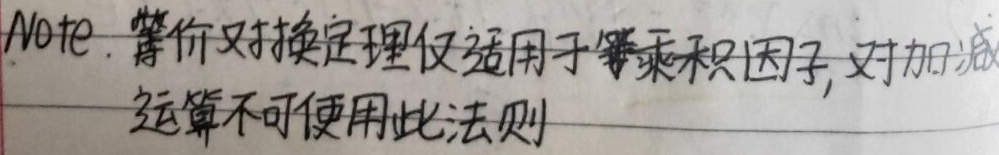
Note. 等价替换定理仅适用于等乘积因子, 对加减运算不可使用此法则